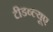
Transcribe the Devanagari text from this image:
टीडब्ल्‍यूए